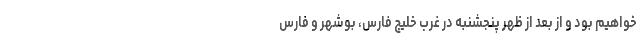
خواهیم بود و از بعد از ظهر پنجشنبه در غرب خلیج فارس، بوشهر و فارس